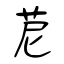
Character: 苨